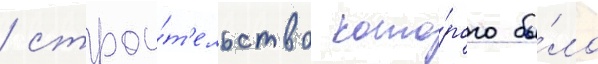
/ строи́т'ельство кото́рого бы́ло